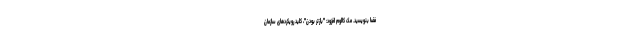
فضا بنویسید. مک کالوم افزود: "بازتر بودن"، کلیدِ رویکردهای سازمان